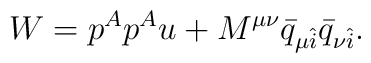
W = p^Ap^Au + M^{\mu\nu}\bar{q}_{\mu \hat{i}}\bar{q}_{\nu \hat{i}}.